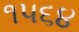
૧૫૬૪